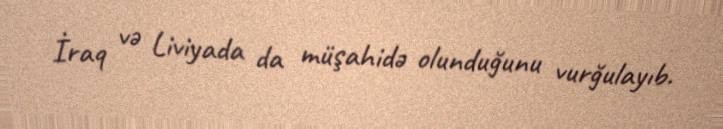
İraq və Liviyada da müşahidə olunduğunu vurğulayıb.